Report on the working of the Ranchi Indian Mental Hospital, Kanke, in Bihar and Orissa - 1930-1940
Year: 1930
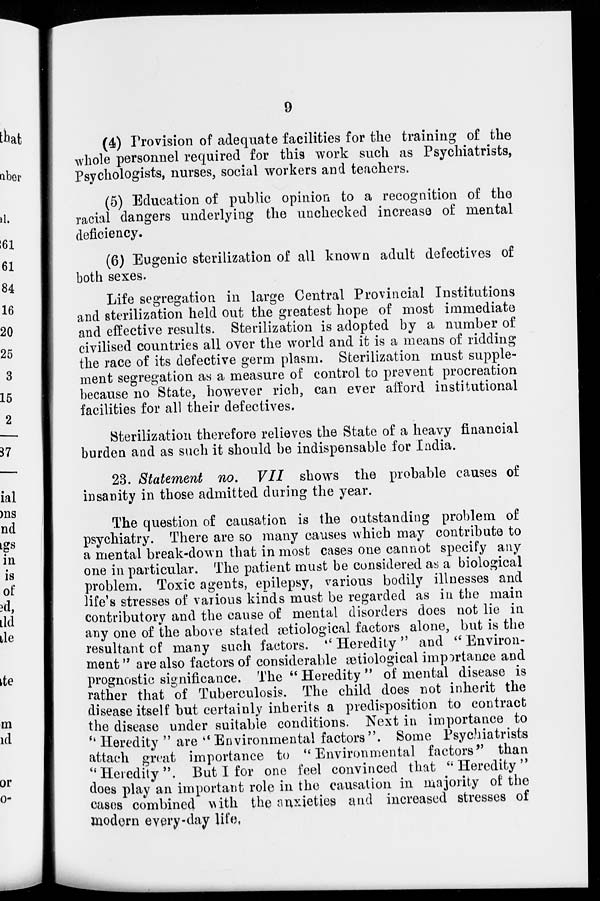
9
(4) Provision of adequate facilities for the training of the
whole personnel required for this work such as Psychiatrists,
Psychologists, nurses, social workers and teachers.
(5) Education of public opinion to a recognition of the
racial dangers underlying the unchecked increase of mental
deficiency.
(6) Eugenic sterilization of all known adult defectives of
both sexes.
Life segregation in large Central Provincial Institutions
and sterilization held out the greatest hope of most immediate
and effective results. Sterilization is adopted by a number of
civilised countries all over the world and it is a means of ridding
the race of its defective germ plasm. Sterilization must supple-
ment segregation as a measure of control to prevent procreation
because no State, however rich, can ever afford institutional
facilities for all their defectives.
Sterilization therefore relieves the State of a heavy financial
burden and as such it should be indispensable for India.
23. Statement no. VII shows the probable causes of
insanity in those admitted during the year.
The question of causation is the outstanding problem of
psychiatry. There are so many causes which may contribute to
a mental break-down that in most cases one cannot specify any
one in particular. The patient must be considered as a biological
problem. Toxic agents, epilepsy, various bodily illnesses and
life's stresses of various kinds must be regarded as in the main
contributory and the cause of mental disorders does not lie in
any one of the above stated ætiological factors alone, but is the
resultant of many such factors. " Heredity " and " Environ-
ment " are also factors of considerable ætiological importance and
prognostic significance. The " Heredity " of mental disease is
rather that of Tuberculosis. The child does not inherit the
disease itself but certainly inherits a predisposition to contract
the disease under suitable conditions. Next in importance to
" Heredity " are "Environmental factors". Some Psychiatrists
attach great importance to " Environmental factors" than
"Heredity". But I for one feel convinced that " Heredity"
does play an important role in the causation in majority of the
cases combined with the anxieties and increased stresses of
modern every-day life.